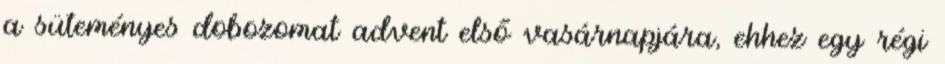
a süteményes dobozomat advent első vasárnapjára, ehhez egy régi